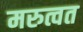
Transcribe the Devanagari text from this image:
मरुत्वत